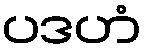
ပဒဟံ